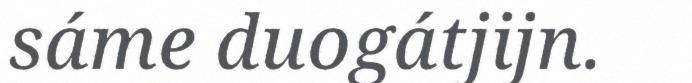
sáme duogátjijn.